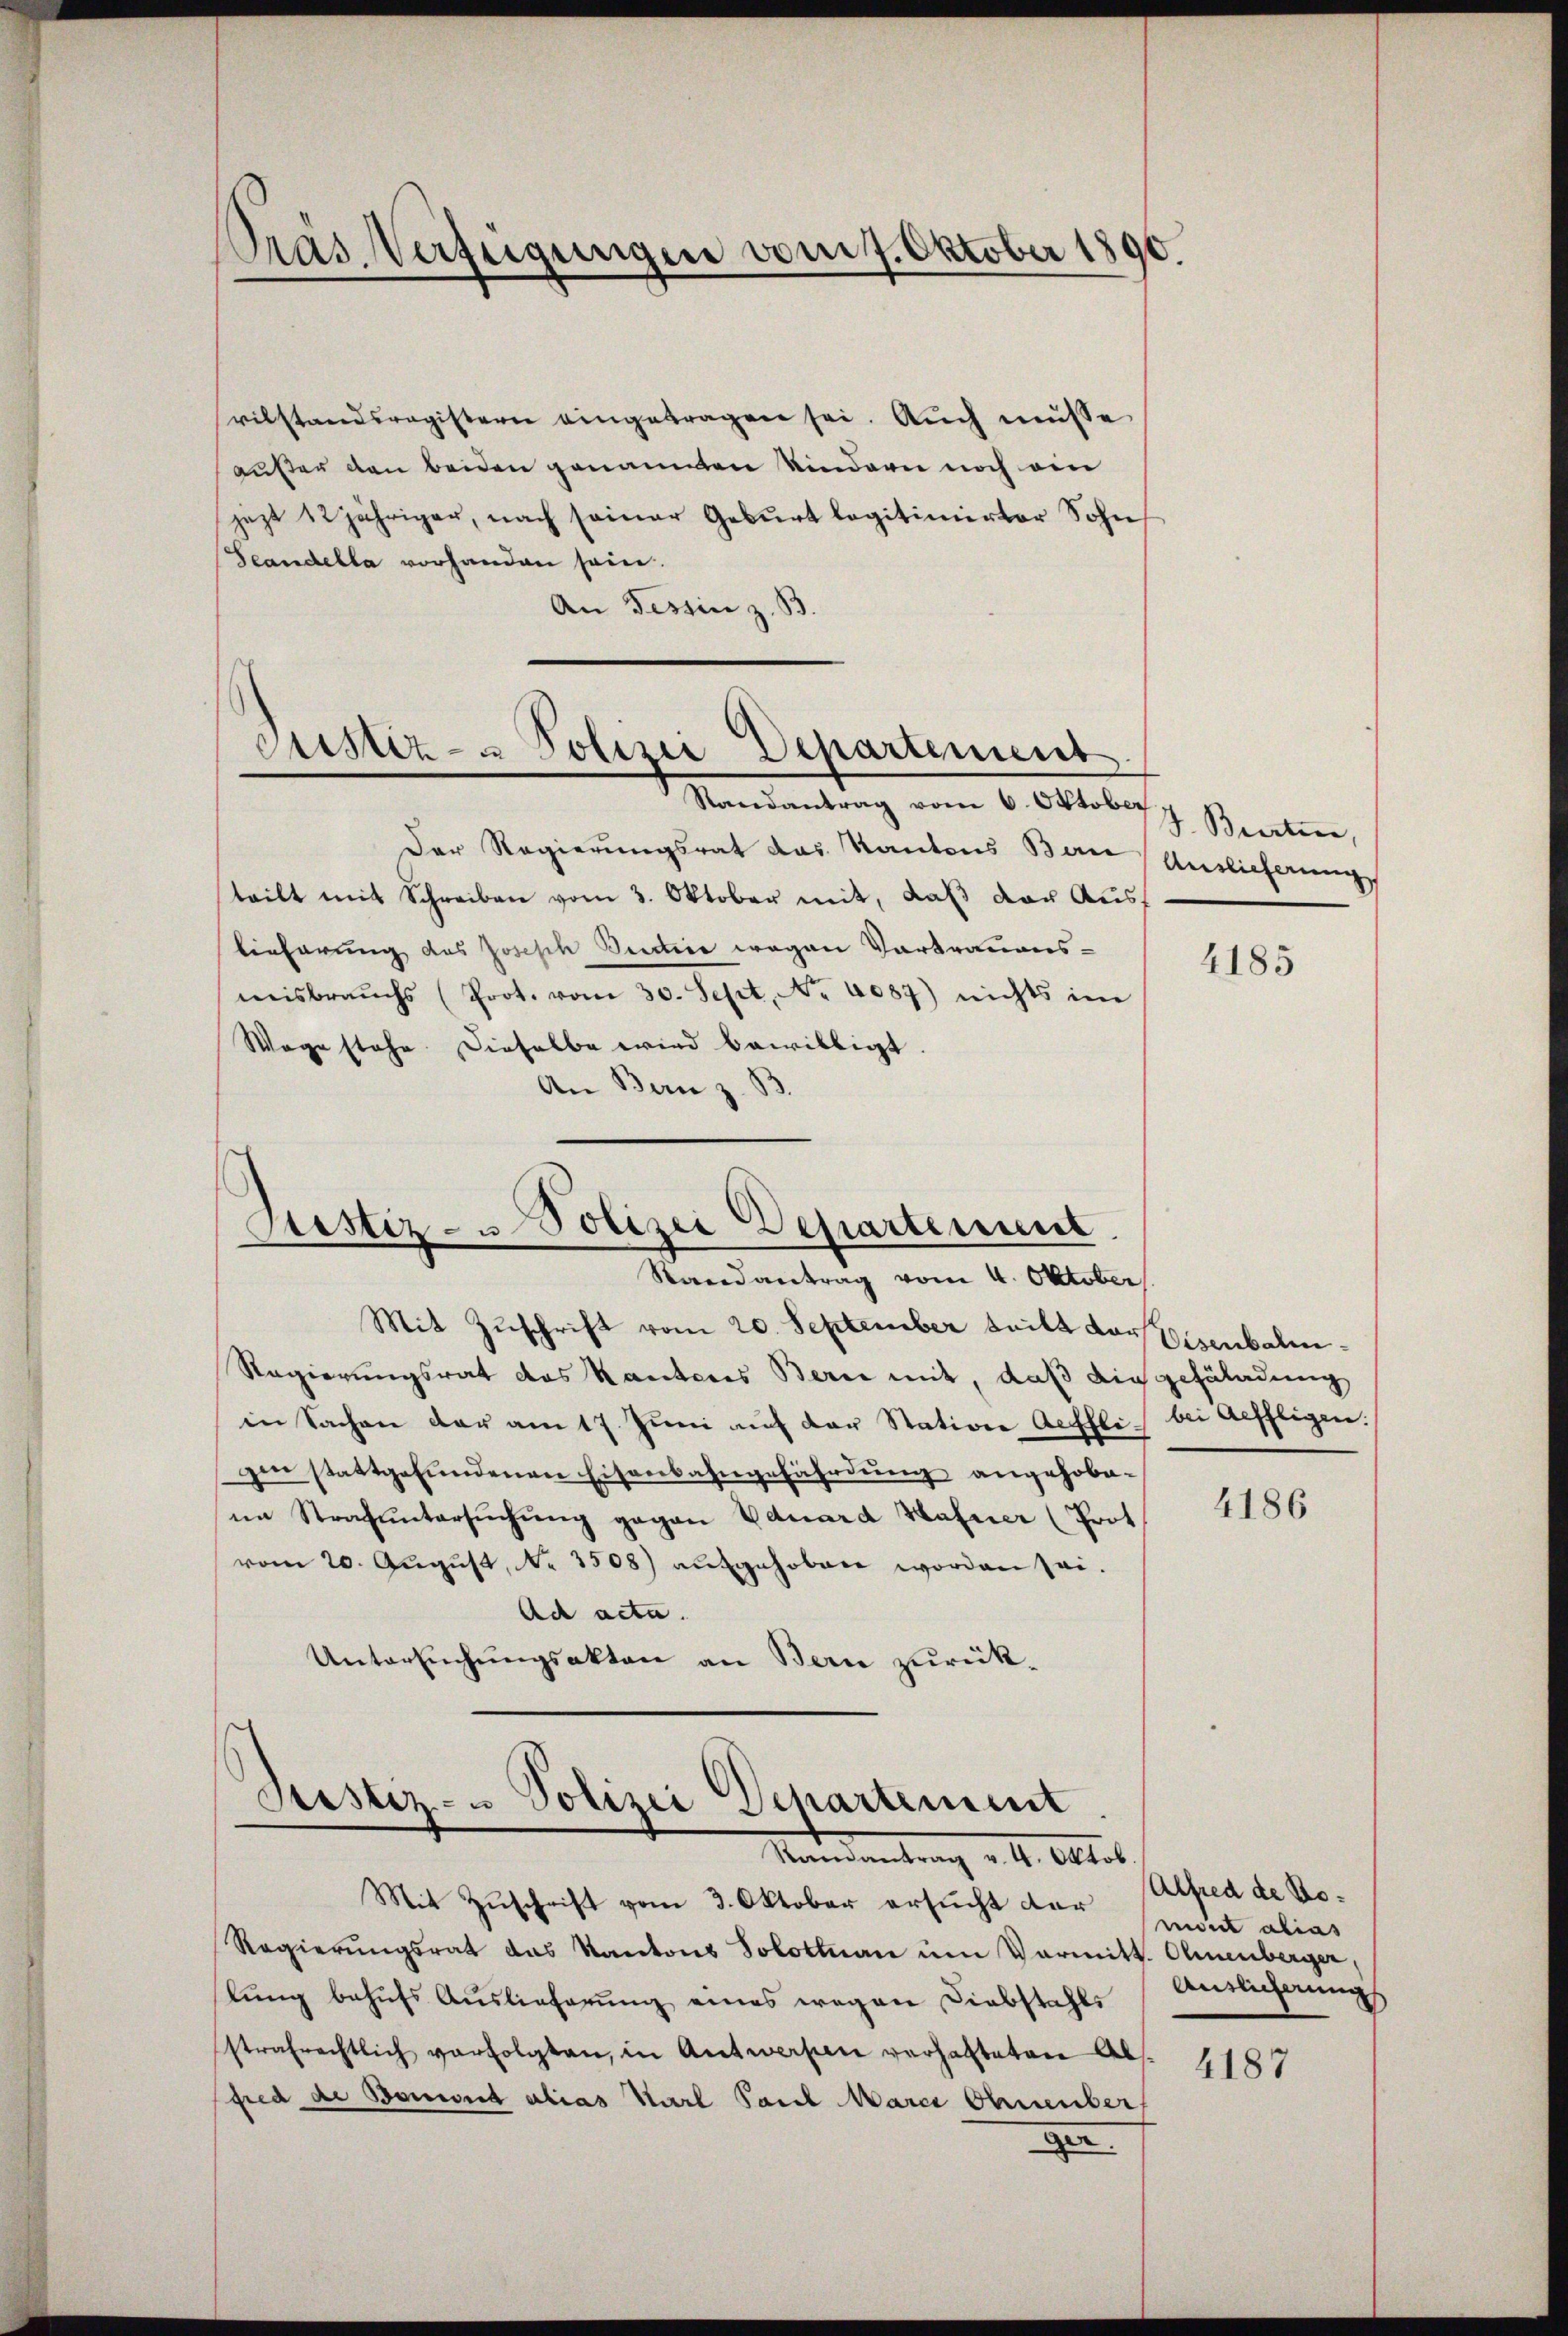
Pras Verfügungen vom 7. Oktober 1890.

vilstandsregistern eingetragen sei. Auch müsse
außer den beiden genannten Kindern noch ein
jezt 12jähriger, nach seiner Geburt legitimirter Sohn
Seandella vorhanden sein.
An Tessin z. B.

Justiz- u Polizei Departement
Randantrag vom 6. Oktober

Stestiz- u Polizei Departement.
Randantrag vom 4. Oktober

Der Regierungsrat das Kantons Ban
teilt mit Schreiben vom 3. Oktober mit, daβ der Aus-
Eieferung des Joseph Justice wegen Vortrauens-
misbrauchs (Prot. vom 30. Sept. No. 4087) nichts im
Wege stehe. Dieselbe wird bewilligt.
An Bern z. B.

Mit Zuschrift vom 20. September teilt der Eisenbahn¬
Regierungsrat das Kanteres Berne mit, daß die gefäladung
in Sachen der am 17. Jŭni aŭf der Stative Aeffli bei Aeffligen.
gen stattgefŭndenen Eisenbahngefährdung angehobeim Strafuntersŭchŭng gegen Eduard Hafner (Prot
vom 20. Aŭgŭst No. 3508) aufgehoben worden sei.
Ad acta.
Untersuchungsakten an Bern zurück¬

Justiz- u Polizei Departement
Mandantung . 4. Cettet.

Mit Zŭschrift vom 3. Oktober ersŭcht dar
Regierŭngsrat das Kantons Solottan um Vormitt. Ohnenberger,
lung behufs Auslieferung eines wegen Diebstahls
strafrechtlich verfolgten, in Antwerpen verhalteten Abs.
fred de Boniert alias Karl Paul Marci Ohmenber
3

J. Bierten,
Auslieferung

4185

4186

Alfred de Bonoit alias
Auslicherungs

4187